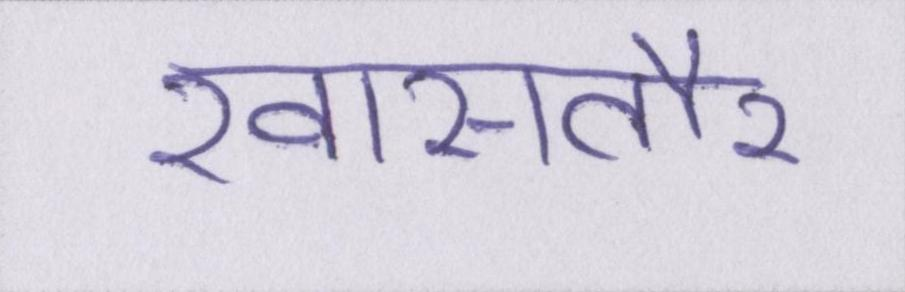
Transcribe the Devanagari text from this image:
खासतौर